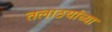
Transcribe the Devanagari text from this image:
तलाठयांच्या